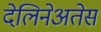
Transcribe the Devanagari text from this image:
देलिनेअतेस